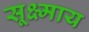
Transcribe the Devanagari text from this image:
सूक्ष्माय